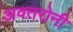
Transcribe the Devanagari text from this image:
अवतरोनी